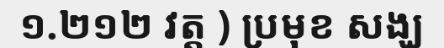
១.២១២ វត្ត ) ប្រមុខ សង្ឃ